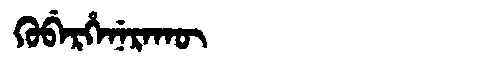
Manchu: ᡴᡠᠪᡝᡵᡥᡝᠨᡝᡵᠠᡴᡡ
Romanization: KUBERHENERAKŪ